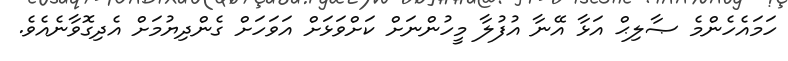
ހަމައެހެންމެ ޞާލިޙް އަޅާ އޭނާ އުފުލާ މީހުންނަށް ކަށްވަޅަށް އަވަހަށް ގެންދިޔުމަށް އެދިގޮވާނެއެވެ.